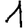
Digit: 1